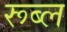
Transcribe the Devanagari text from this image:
रूब्ल